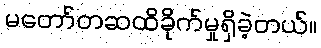
မတော်တဆထိခိုက်မှုရှိခဲ့တယ်။